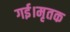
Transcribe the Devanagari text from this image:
गई।मृतक